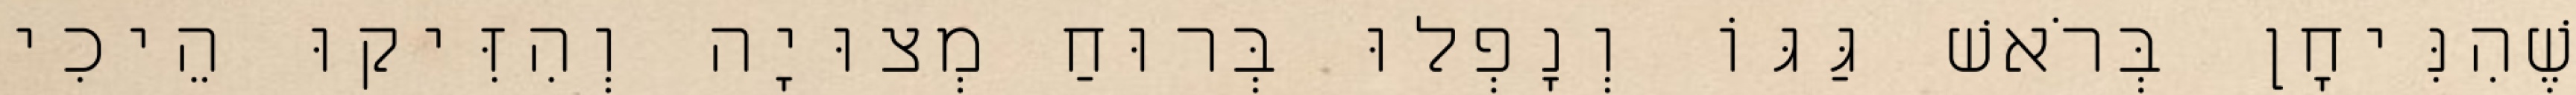
שֶׁהִנִּיחָן בְּרֹאשׁ גַּגּוֹ וְנָפְלוּ בְּרוּחַ מְצוּיָה וְהִזִּיקוּ הֵיכִי